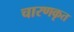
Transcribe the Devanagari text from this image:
चारणकृत